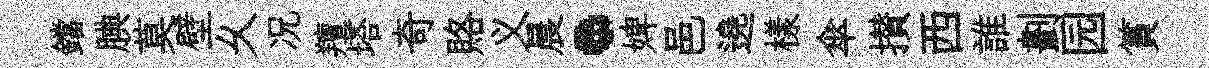
鐺腆莫壁乆况羶塔奇賂义晨·婢邑遶樣傘攅西誰劃园篔